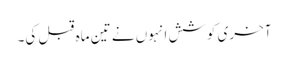
آخری کوشش انہوں نے تین ماہ قبل کی۔